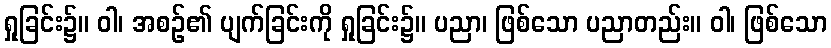
ရှုခြင်း၌။ ဝါ၊ အစဉ်၏ ပျက်ခြင်းကို ရှုခြင်း၌။ ပညာ၊ ဖြစ်သော ပညာတည်း။ ဝါ၊ ဖြစ်သော